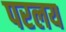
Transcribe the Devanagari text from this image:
परलय